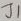
Text: J1